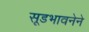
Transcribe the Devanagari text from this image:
सूडभावनेने